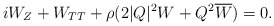
\begin{align*}iW_Z+ W_{TT}+\rho (2|Q|^2W+Q^2\overline{W})=0.\end{align*}